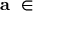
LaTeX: { \textbf { a } } \in